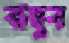
বাছুন